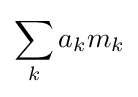
\sum _{k}a_{k}m_{k}